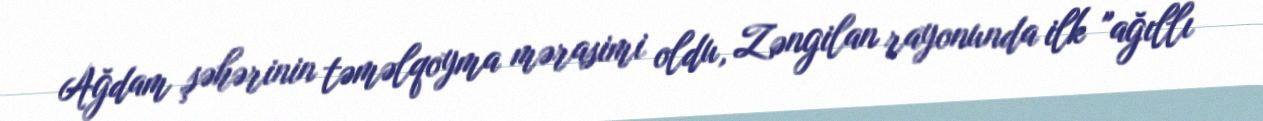
Ağdam şəhərinin təməlqoyma mərasimi oldu, Zəngilan rayonunda ilk "ağıllı